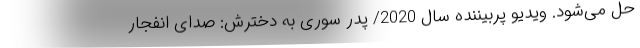
حل می‌شود. ویدیو پربیننده سال 2020/ پدر سوری به دخترش: صدای انفجار